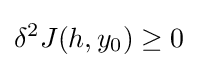
\delta ^{2}J(h,y_{0})\geq 0